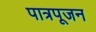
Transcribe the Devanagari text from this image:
पात्रपूजन